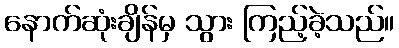
နောက်ဆုံးချိန်မှ သွား ကြည့်ခဲ့သည်။